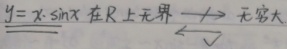
$y = x\cdot\sin x$ 在 $\mathbb{R}$ 上无界。
$\xrightarrow{?}$ 无界大
$\xleftarrow{\surd}$